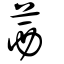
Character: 茜